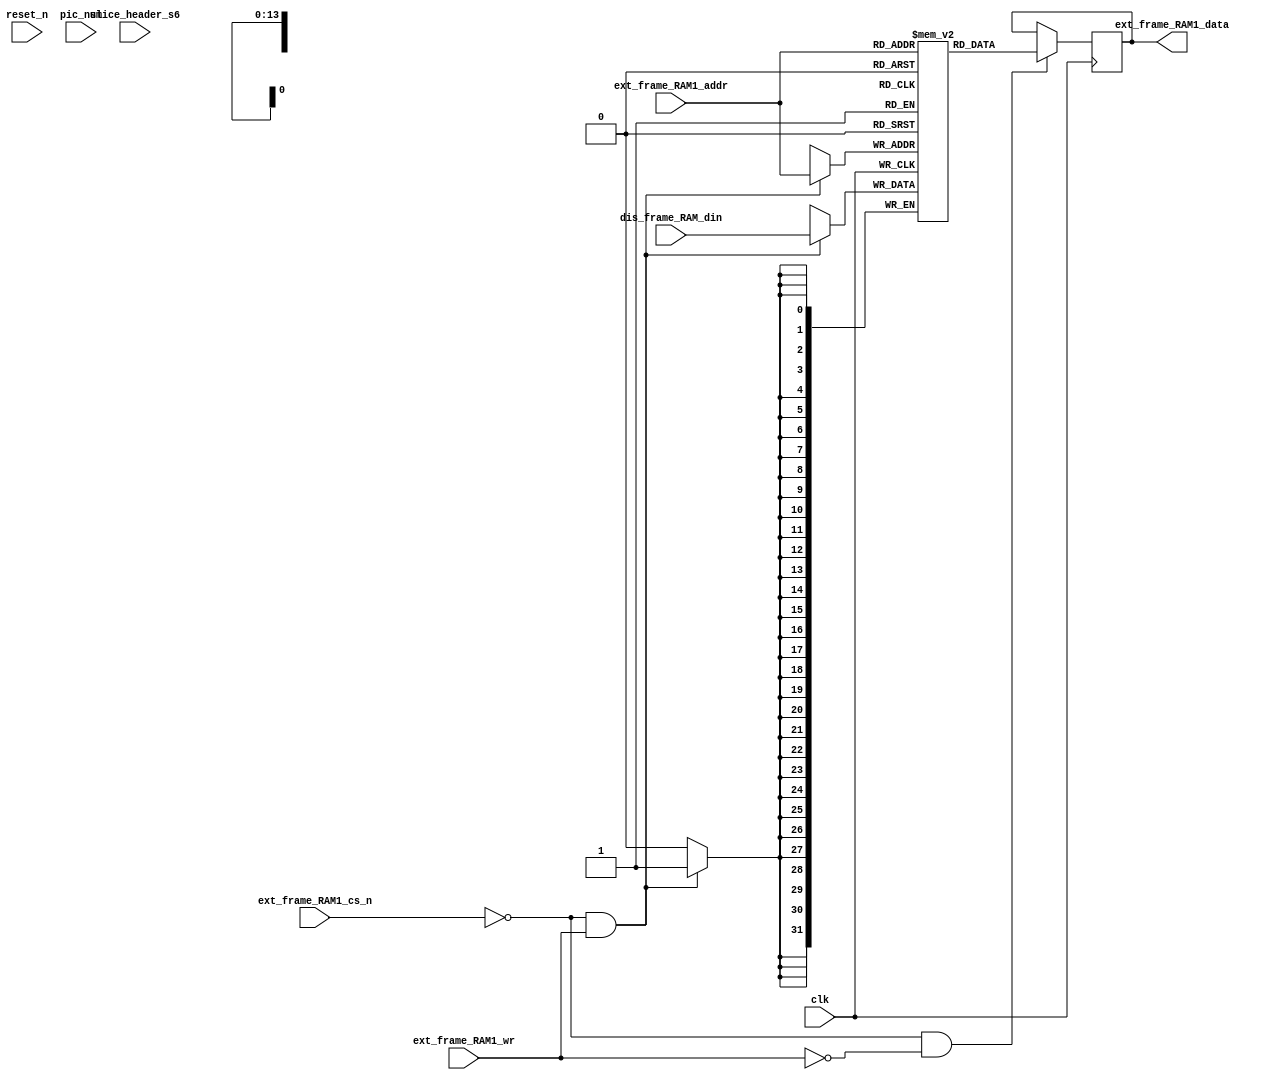
module ext_frame_RAM1_wrapper (clk,reset_n,ext_frame_RAM1_cs_n,ext_frame_RAM1_wr,ext_frame_RAM1_addr,dis_frame_RAM_din,ext_frame_RAM1_data,
	pic_num,slice_header_s6);
	input clk; 
	input reset_n;
	input ext_frame_RAM1_cs_n;
	input ext_frame_RAM1_wr;
	input [13:0] ext_frame_RAM1_addr;
	input [31:0] dis_frame_RAM_din;
	input [5:0] pic_num;
	input slice_header_s6;
	output [31:0] ext_frame_RAM1_data;
	
	reg [31:0] ext_frame_RAM1 [0:9503];
	reg [31:0] ext_frame_RAM1_data;
	
	always @ (posedge clk)
		if (!ext_frame_RAM1_cs_n && ext_frame_RAM1_wr)
			ext_frame_RAM1[ext_frame_RAM1_addr] <= dis_frame_RAM_din;
	
	//assign ext_frame_RAM1_data = (!ext_frame_RAM1_cs_n && !ext_frame_RAM1_wr)? ext_frame_RAM1[ext_frame_RAM1_addr]:32'bz;
	
	always @ (posedge clk)
		if (!ext_frame_RAM1_cs_n && !ext_frame_RAM1_wr)
			ext_frame_RAM1_data <= ext_frame_RAM1[ext_frame_RAM1_addr];

	// synopsys translate_off
	integer	tracefile_display;
	integer tracefile_verify;
	integer	mb_num;
	integer	j;
	reg [31:0] luma_out0,luma_out1,luma_out2,luma_out3;
	reg [31:0] Cb_out0,Cb_out1;
	reg [31:0] Cr_out0,Cr_out1;
	reg [8:0] pic_num_ext;
	
	parameter display = 1;
	parameter verify  = 1;
	
always @ (negedge reset_n or pic_num)
		if (reset_n == 1'b0)
			pic_num_ext <= 0;
		else
			pic_num_ext <= pic_num_ext + 1;
	
	always @ (posedge clk)
		if (slice_header_s6 == 1'b1 && pic_num[0] == 1'b0 && pic_num_ext != 0)
			begin
				if (display == 1'b1)	//display
					begin
						tracefile_display = $fopen("nova_display.log","a");
						for (j= 0; j < 9504; j= j + 1)
							begin
								$fdisplay (tracefile_display,"%h",ext_frame_RAM1[j]);
							end
						$fclose(tracefile_display);
					end
				if (verify == 1'b1)		//verify
					begin
						tracefile_verify = $fopen("nova_MB_output.log","a");
						for (mb_num = 0;mb_num < 99; mb_num = mb_num + 1)
							begin
								$fdisplay (tracefile_verify,"-------------------------------------------");
								$fdisplay (tracefile_verify," Pic_num = %3d,MB_num = %3d",pic_num_ext - 1,mb_num);
								$fdisplay (tracefile_verify,"-------------------------------------------");
								$fdisplay (tracefile_verify," luma 16x16 block:");
								for (j = 0; j < 16; j = j + 1)
									begin
										luma_out0 = ext_frame_RAM1[(mb_num/11)*704+(mb_num%11)*4+j*44];
										luma_out1 = ext_frame_RAM1[(mb_num/11)*704+(mb_num%11)*4+j*44+1];
										luma_out2 = ext_frame_RAM1[(mb_num/11)*704+(mb_num%11)*4+j*44+2];
										luma_out3 = ext_frame_RAM1[(mb_num/11)*704+(mb_num%11)*4+j*44+3];
										
										$fdisplay (tracefile_verify," %3H %3H %3H %3H | %3H %3H %3H %3H | %3H %3H %3H %3H | %3H %3H %3H %3H",
										luma_out0[7:0],luma_out0[15:8],luma_out0[23:16],luma_out0[31:24],
										luma_out1[7:0],luma_out1[15:8],luma_out1[23:16],luma_out1[31:24],
										luma_out2[7:0],luma_out2[15:8],luma_out2[23:16],luma_out2[31:24],
										luma_out3[7:0],luma_out3[15:8],luma_out3[23:16],luma_out3[31:24]);
										
										if (j == 3 || j == 7 || j == 11)
											$fdisplay (tracefile_verify, "");
									end
								$fdisplay (tracefile_verify," Chroma Cb 8x8 block:");
								for (j = 0; j < 8; j = j + 1)
									begin
										Cb_out0 = ext_frame_RAM1[6336+(mb_num/11)*176+(mb_num%11)*2+j*22];
										Cb_out1 = ext_frame_RAM1[6336+(mb_num/11)*176+(mb_num%11)*2+j*22+1];
										
										$fdisplay (tracefile_verify, " %3H %3H %3H %3H | %3H %3H %3H %3H",
										Cb_out0[7:0],Cb_out0[15:8],Cb_out0[23:16],Cb_out0[31:24],
										Cb_out1[7:0],Cb_out1[15:8],Cb_out1[23:16],Cb_out1[31:24]);
										if (j == 3)
											$fdisplay (tracefile_verify, "");
									end	
								$fdisplay (tracefile_verify," Chroma Cr 8x8 block:");
								for (j = 0; j < 8; j = j + 1)
									begin
										Cr_out0 = ext_frame_RAM1[7920+(mb_num/11)*176+(mb_num%11)*2+j*22];
										Cr_out1 = ext_frame_RAM1[7920+(mb_num/11)*176+(mb_num%11)*2+j*22+1];
										
										$fdisplay (tracefile_verify, " %3H %3H %3H %3H | %3H %3H %3H %3H",
										Cr_out0[7:0],Cr_out0[15:8],Cr_out0[23:16],Cr_out0[31:24],
										Cr_out1[7:0],Cr_out1[15:8],Cr_out1[23:16],Cr_out1[31:24]);
										if (j == 3)
											$fdisplay (tracefile_verify, "");
									end
							end
						$fclose(tracefile_verify);
					end
			end
	// synopsys translate_on
endmodule